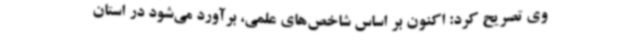
وی تصریح کرد: اکنون بر اساس شاخص‌های علمی، برآورد می‌شود در استان